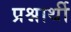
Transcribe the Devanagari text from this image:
प्रश्नार्थी